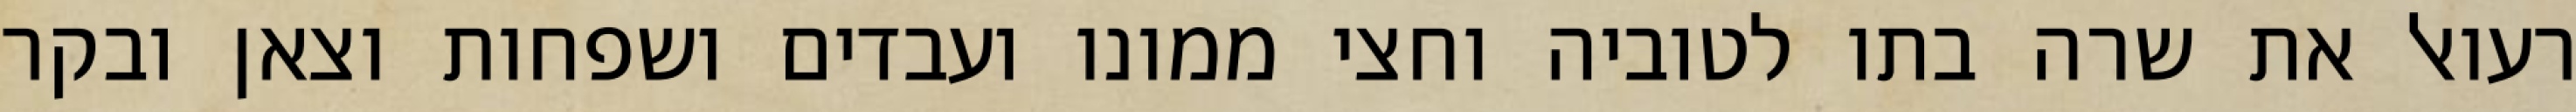
רעואל את שרה בתו לטוביה וחצי ממונו ועבדים ושפחות וצאן ובקר